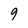
Character: 9